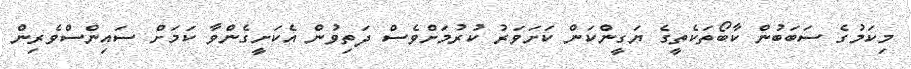
މިކަމުގެ ސަބަބުން ކާބޯތަކެތީގެ ޔަގީންކަން ކަށަވަރު ކުރުމަށްވެސް ދަތިވުން އެކަށީގެންވާ ކަމަށް ސައިންސްވެރިން